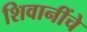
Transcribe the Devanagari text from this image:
शिवानींचे